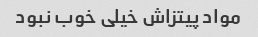
مواد پیتزاش خیلی خوب نبود